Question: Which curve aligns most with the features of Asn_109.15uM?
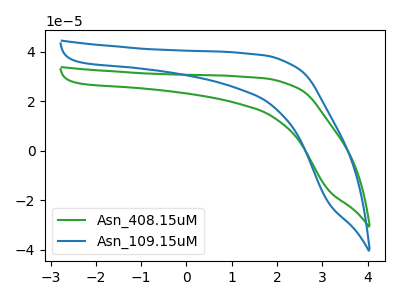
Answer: <think>The green curve "Asn_408.15uM" has no peaks. The blue curve "Asn_109.15uM" has no peaks.
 Neither "Asn_408.15uM" or "Asn_109.15uM" have any peaks.</think>
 <answer>The CV with the most similar shape to "Asn_408.15uM" is "Asn_109.15uM".</answer>
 <eval>"Asn_109.15uM"</eval>